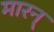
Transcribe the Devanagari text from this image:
मारन्